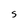
Character: S